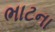
ભાટના